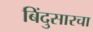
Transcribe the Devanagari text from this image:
बिंदुसारचा